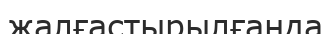
жалғастырылғанда